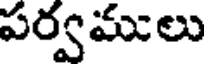
పర్వములు